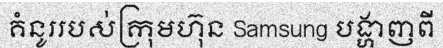
គំនូររបស់ក្រុមហ៊ុន Samsung បង្ហាញពី